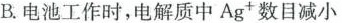
B.电池工作时，电解质中Ag+数目减小